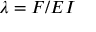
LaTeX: \lambda = F / E I